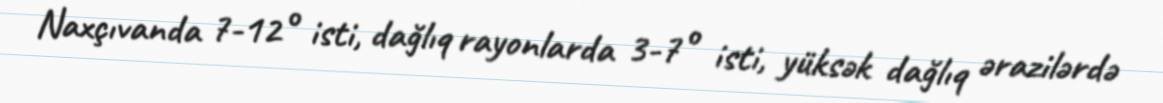
Naxçıvanda 7-12° isti, dağlıq rayonlarda 3-7° isti, yüksək dağlıq ərazilərdə